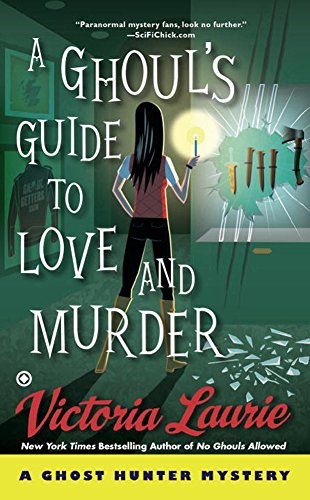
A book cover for A Ghoul's Guide to Love and Murder: A Ghost Hunter Mystery; Victoria Laurie; Mystery, Thriller & Suspense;